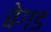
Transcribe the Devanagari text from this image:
बेगड